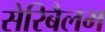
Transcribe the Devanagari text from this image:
सेरिबैलम